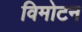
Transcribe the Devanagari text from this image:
विमोटन